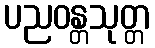
ပညဝန္တသုတ္တ